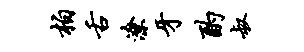
柏舌潦牙酌叔